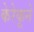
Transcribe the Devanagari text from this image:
केरेकूने